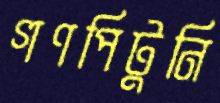
গণপিটুনি